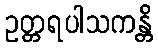
ဥတ္တရပါသကန္တိ